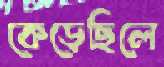
কেড়েছিলে